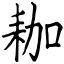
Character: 耞